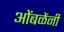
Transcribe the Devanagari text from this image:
ओंबळेंनी